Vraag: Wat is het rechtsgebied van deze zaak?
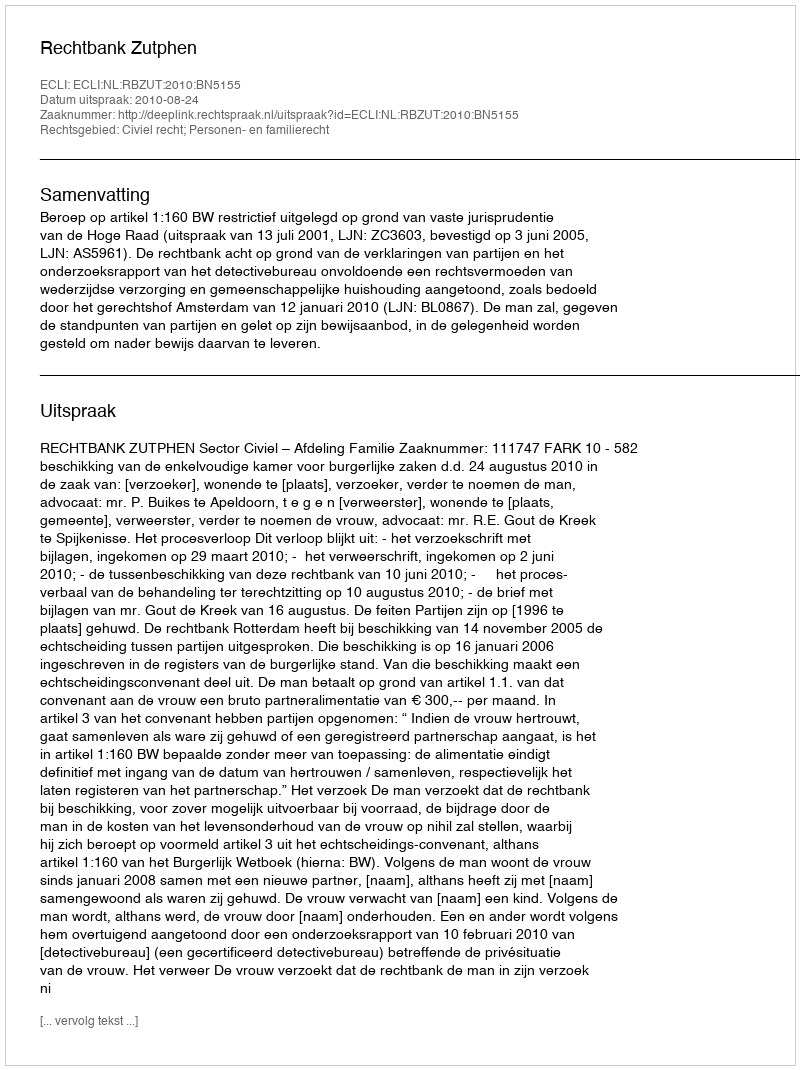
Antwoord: Civiel recht; Personen- en familierecht